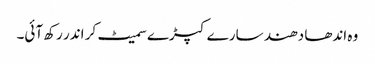
وہ اندھا دھند سارے کپڑے سمیٹ کر اندر رکھ آئی۔